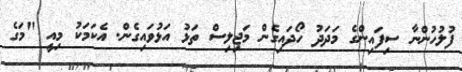
ފުލުހުންނާ ސިފައިންގެ މަދަދު ހޯދައިގެން މަޖިލިސް ތަޅު އަޅުވައިގެން. އެކަމަކު މިއީ "މަގެ